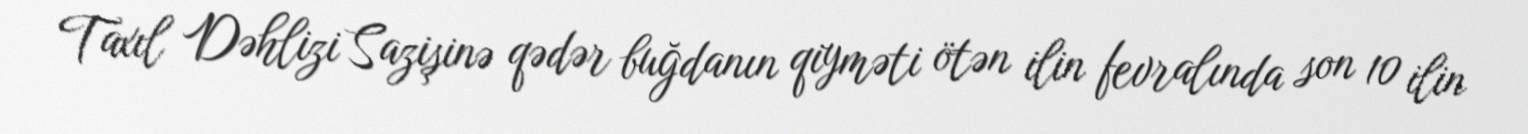
Taxıl Dəhlizi Sazişinə qədər buğdanın qiyməti ötən ilin fevralında son 10 ilin